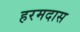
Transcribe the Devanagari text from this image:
हरमदास